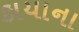
કાયાના